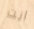
انت